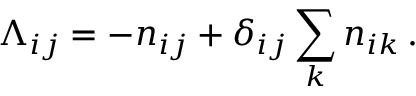
\Lambda _ { i j } = - n _ { i j } + \delta _ { i j } \sum _ { k } n _ { i k } \, .